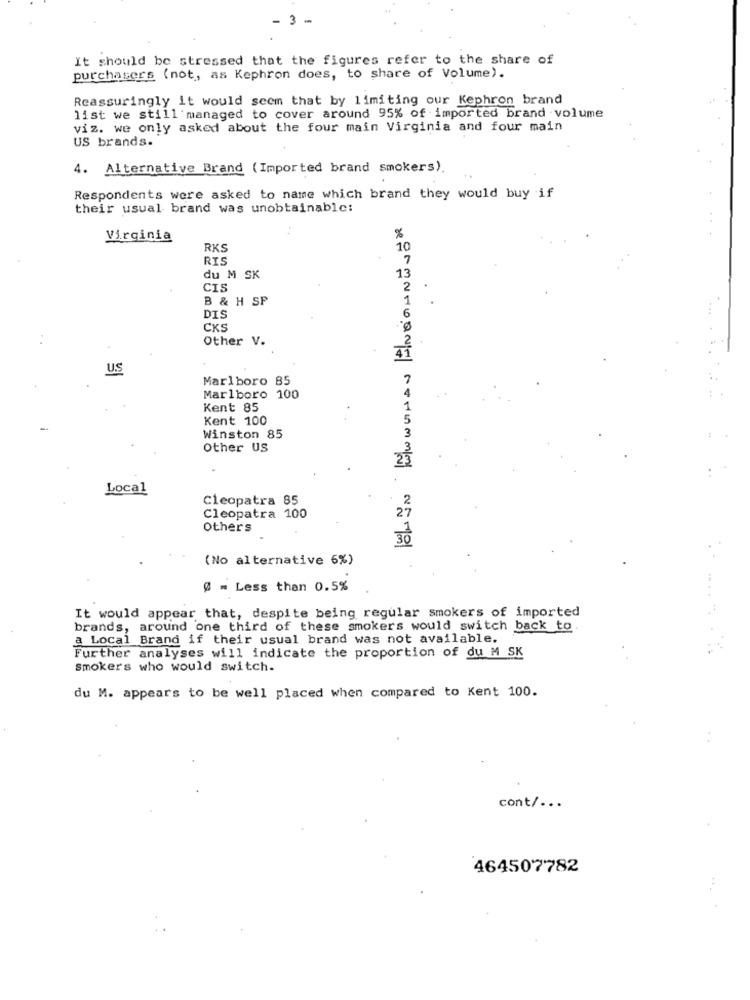
- 3 -
It should be stressed that the figures refer to the share of
purchasers (not, as Kephron does, to share of Volume).
Reassuringly it would seem that by limiting our Kephron brand
list we still managed to cover around 95% of imported brand volume
viz. we only asked about the four main Virginia and four main
US brands.
4. Alternative Brand (Imported brand smokers).
Respondents were asked to name which brand they would buy if
their usual brand was unobtainable:
Virginia
%
RKS
10
RIS
7
du M SK
13
CIS
2
.
B & H SP
.
DIS
CKS
Other V.
U.S
Marlboro 85
Marlboro 100
Kent 85
Kent 100
Winston 85
Other US
Local
Cleopatra 85
Cleopatra 100
Others
(No alternative 6%)
@ = Less than 0.5%
It would appear that, despite being regular smokers of imported
brands, around one third of these smokers would switch back to
a Local Brand if their usual brand was not available.
Further analyses will indicate the proportion of du M SK
smokers who would switch.
du M. appears to be well placed when compared to Kent 100.
cont/ ...
464507782